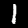
Label: 1